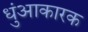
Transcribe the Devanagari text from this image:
धुंआकारक